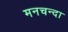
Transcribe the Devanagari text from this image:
मनचन्दा